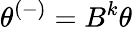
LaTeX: \theta^{(-)}=B^{k}\theta